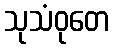
သုသံဝုတေ